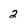
Character: 2